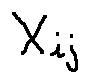
X _ { i j }